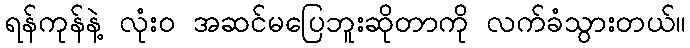
ရန်ကုန်နဲ့ လုံးဝ အဆင်မပြေဘူးဆိုတာကို လက်ခံသွားတယ်။